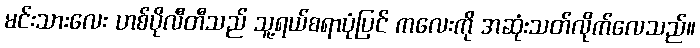
မင်းသားလေး ဟစ်ပိုလီတီသည် သူ့ရယ်စရာပုံပြင် ကလေးကို အဆုံးသတ်လိုက်လေသည်။